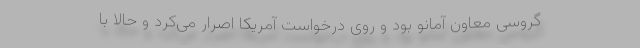
گروسی معاون آمانو بود و روی درخواست آمریکا اصرار می‌کرد و حالا با